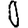
Digit: 0